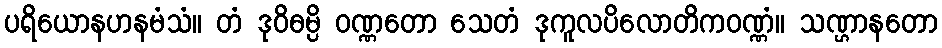
ပရိယောနဟနမံသံ။ တံ ဒုဝိဓမ္ပိ ဝဏ္ဏတော သေတံ ဒုကူလပိလောတိကဝဏ္ဏံ။ သဏ္ဌာနတော